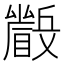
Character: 𱳕